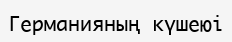
Германияның күшеюі